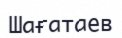
Шағатаев